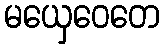
မယှေဝေတေ